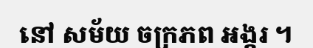
នៅ សម័យ ចក្រភព អង្គរ ។